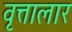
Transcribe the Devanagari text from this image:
वृत्तालार